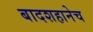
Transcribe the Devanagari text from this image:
बादशहानेच